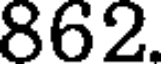
862.